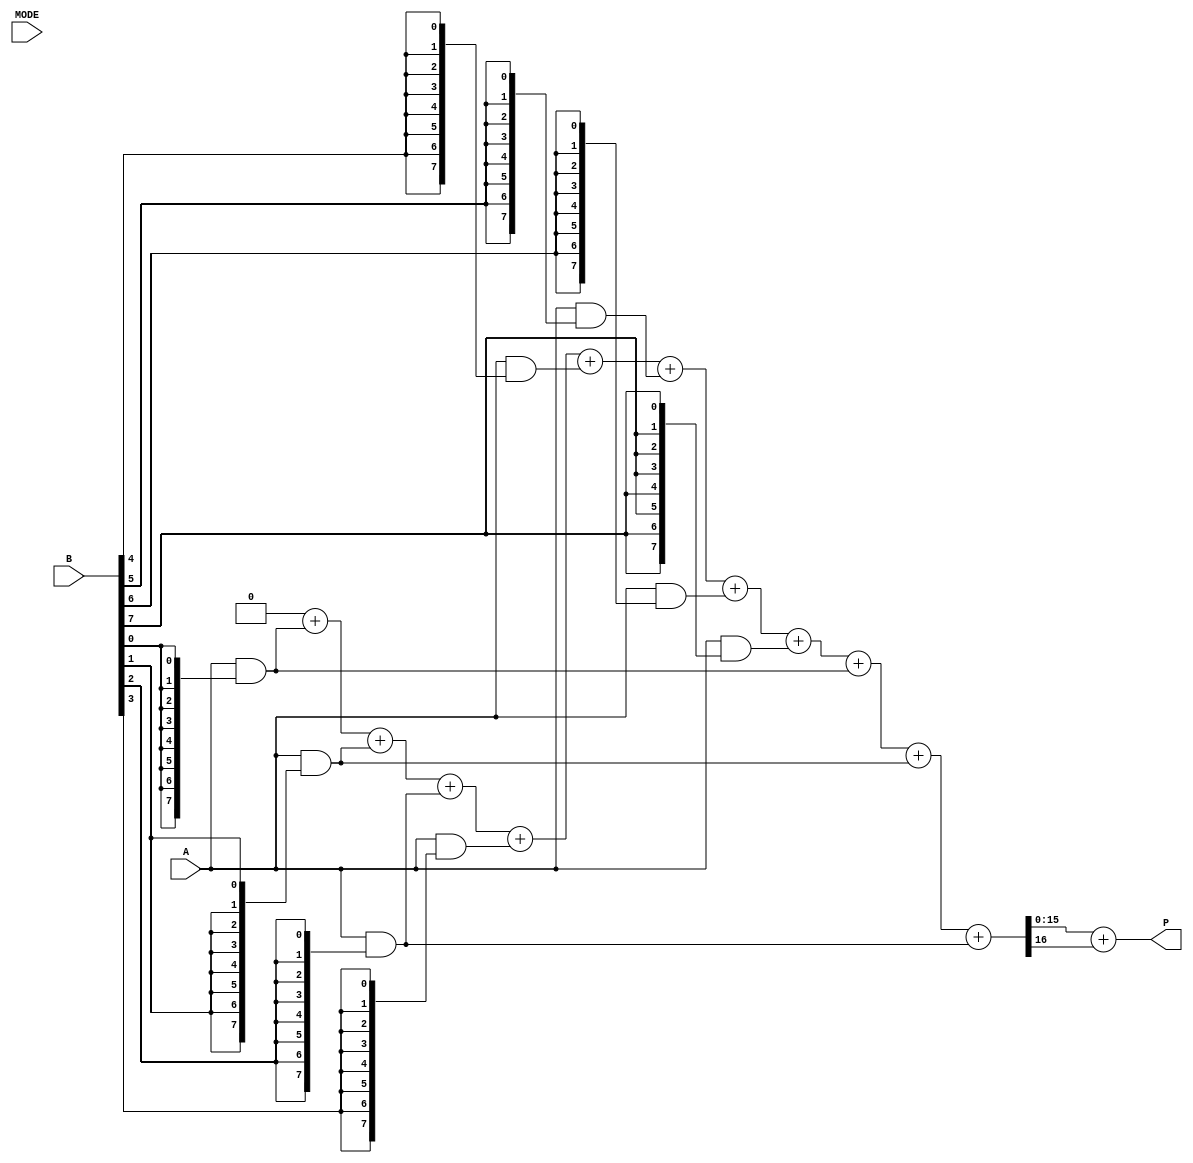
module dual_mode_wallace_tree_multiplier #(
    parameter N = 8 // Width of the input operands
)(
    input wire [N-1:0] A, // First operand
    input wire [N-1:0] B, // Second operand
    input wire MODE, // Mode selection (0: Low-Power, 1: High-Speed)
    output reg [2*N-1:0] P // Product output
);

    // Generate Partial Products
    wire [N-1:0] pp [0:N-1]; // Partial products
    genvar i;
    generate
        for (i = 0; i < N; i = i + 1) begin : pp_gen
            assign pp[i] = A & {N{B[i]}}; // AND operation for partial product generation
        end
    endgenerate

    // Wallace Tree Reduction Logic
    reg [2*N-1:0] sum [0:N]; // Intermediate sums
    reg [N:0] carry [0:N]; // Intermediate carries
    integer j, k;

    always @(*) begin
        // Initialize sums and carries
        for (j = 0; j < N; j = j + 1) begin
            sum[j] = 0;
            carry[j] = 0;
        end

        // Wallace tree combining
        for (j = 0; j < N; j = j + 1) begin
            sum[0] = sum[0] + pp[j]; // Initial addition of partial products
        end
        
        // Wallace tree reduction (for demonstration, simple reduction)
        for (j = 0; j < N; j = j + 1) begin
            for (k = 0; k < 3; k = k + 1) begin
                if (j*3 + k < N) begin
                    if (MODE) begin // High-Speed Mode
                        {carry[j], sum[j]} = sum[j] + pp[j*3 + k]; // Fast adder in high-speed mode
                    end else begin // Low-Power Mode
                        {carry[j], sum[j]} = sum[j] + pp[j*3 + k]; // Simplified operation for low power
                    end
                end
            end
        end
        
        // Final Addition
        P = sum[0] + carry[0]; // Final product computation
    end

endmodule